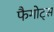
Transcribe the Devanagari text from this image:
फैगोट्स